Lunatic asylums Punjab 1911-1921 - 1911-1921
Year: 1911
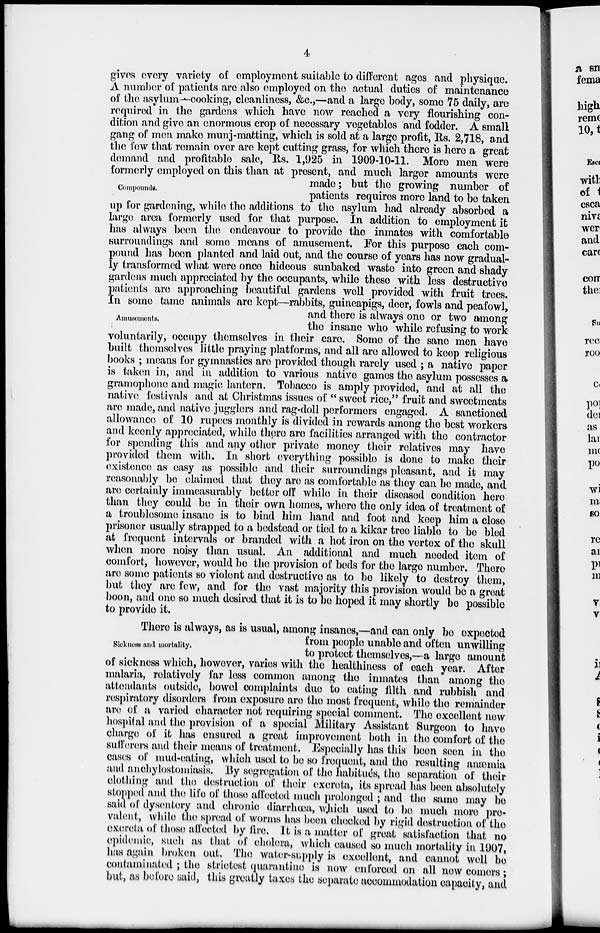
4
Compounds.
Amusements.
gives every variety of employment suitable to different ages and physique.
A number of patients are also employed on the actual duties of maintenance
of the asylum-cooking, cleanliness, &c.,—and a large body, some 75 daily, are
required in the gardens which have now reached a very flourishing con-
dition and give an enormous crop of necessary vegetables and fodder. A small
gang of men make munj-matting, which is sold at a large profit, Rs. 2,718, and
the few that remain over are kept cutting grass, for which there is here a great
demand and profitable sale, Rs. 1,925 in 1909-10-11. More men were
formerly employed on this than at present, and much larger amounts were
made; but the growing number of
patients requires more land to bo taken
up for gardening, while the additions to the asylum had already absorbed a
large area formerly used for that purpose. In addition to employment it
has always been the endeavour to provide the inmates with comfortable
surroundings and some means of amusement. For this purpose each com-
p ound has been planted and laid out, and the course of years has now gradual-
ly transformed what were once hideous sunbaked waste into green and shady
gardens much appreciated by the occupants, while these with less destructive
patients are approaching beautiful gardens well provided with fruit trees.
In some tame animals are kept—rabbits, guineapigs, deer, fowls and peafowl,
and there is always one or two among
the insane who while refusing to work
voluntarily, occupy themselves in their care. Some of the sane men have
built themselves little praying platforms, and all are allowed to keep religious
books ; means for gymnastics are provided though rarely used ; a native paper
is taken in, and in addition to various native games the asylum possesses a
gramophone and magic lantern. Tobacco is amply provided, and at all the
native festivals and at Christmas issues of " sweet rice," fruit and sweetmeats
are made, and native jugglers and rag-doll performers engaged. A sanctioned
allowance of 10 rupees monthly is divided in rewards among the best workers
and keenly appreciated, while there are facilities arranged with the contractor
for spending this and any other private money their relatives may have
provided them with. In short everything possible is done to make their
existence as easy as possible and their surroundings pleasant, and it may
reasonably be claimed that they are as comfortable as they can be made, and
are certainly immeasurably better off while in their diseased condition here
than they could be in their own homes, where the only idea of treatment of
a troublesome insane is to bind him hand and foot and keep him a close
prisoner usually strapped to a bedstead or tied to a kikar tree liable to be bled
at frequent intervals or branded with a hot iron on the vertex of the skull
when more noisy than usual. An additional and much needed item of
comfort, however, would be the provision of beds for the large number. There
are some patients so violent and destructive as to be likely to destroy them,
but they are few, and for the vast majority this provision would be a great
boon, and one so much desired that it is to be hoped it may shortly be possible
to provide it.
Sickness and mortality.
There is always, as is usual, among insanes,—and can only be expected
from people unable and often unwilling
to protect themselves,—a large amount
of sickness which, however, varies with the healthiness of each year. After
malaria, relatively far less common among the inmates than among the
attendants outside, bowel complaints due to eating filth and rubbish and
respiratory disorders from exposure are the most frequent, while the remainder
are of a varied character not requiring special comment. The excellent new
hospital and the provision of a special Military Assistant Surgeon to have
charge of it has ensured a great improvement both in the comfort of the
sufferers and their means of treatment. Especially has this been seen in the
cases of mud-eating, which used to be so frequent, and the resulting anæmia
and anchylostomiasis. By segregation of the habitués, the separation of their
clothing and the destruction of their excreta, its spread has been absolutely
stopped and the life of those affected much prolonged ; and the same may be
said of dysentery and chronic diarrhœa, which used to be much more pre-
valent, while the spread of worms has been checked by rigid destruction of the
excreta of those affected by fire. It is a matter of great satisfaction that no
epidemic, such as that of cholera, which caused so much mortality in 1907,
has again broken out. The water-supply is excellent, and cannot well be
contaminated ; the strictest quarantine is now enforced on all new comers;
but, as before said, this greatly taxes the separate accommodation capacity, and